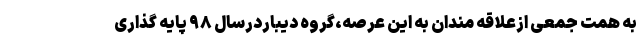
به همت جمعی ازعلاقه مندان به این عرصه،گروه دیباردرسال ۹۸ پایه گذاری